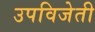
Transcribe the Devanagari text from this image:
उपविजेती